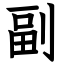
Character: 副